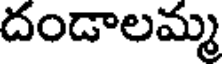
దండాలమ్మ